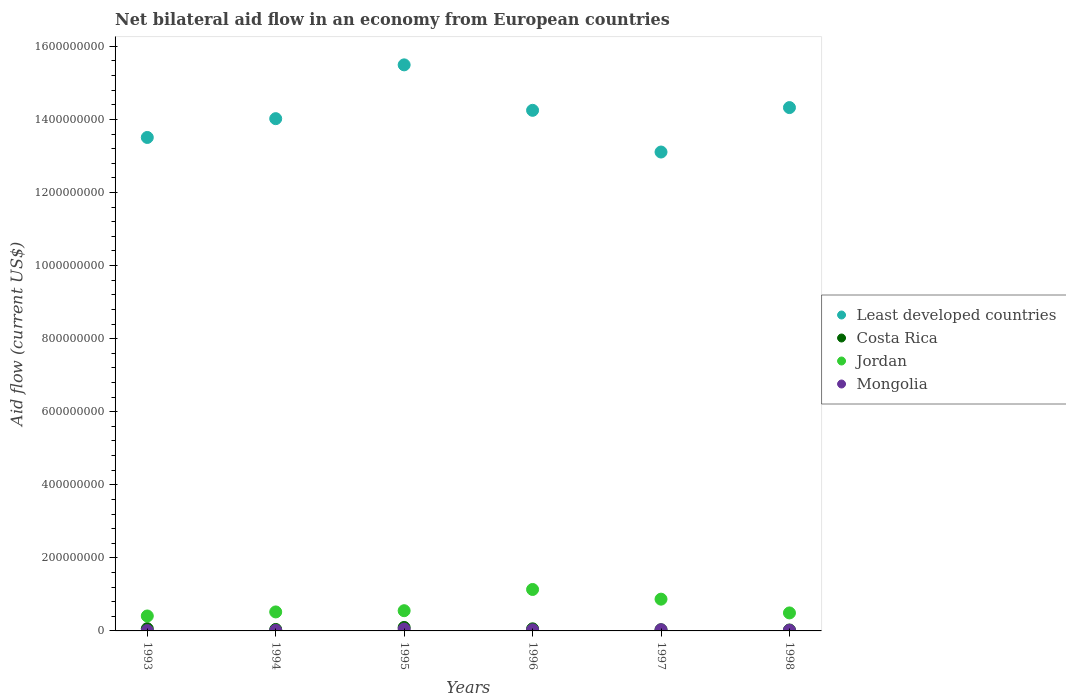
| Years | Least developed countries | Costa Rica | Jordan | Mongolia |
 | --- | --- | --- | --- | --- |
 | 1993 | 1.35e+09 | 6.09e+06 | 4.09e+07 | 9.6e+05 |
 | 1994 | 1.4e+09 | 4.01e+06 | 5.2e+07 | 1.42e+06 |
 | 1995 | 1.55e+09 | 9.5e+06 | 5.53e+07 | 4.99e+06 |
 | 1996 | 1.42e+09 | 5.7e+06 | 1.13e+08 | 2.97e+06 |
 | 1997 | 1.31e+09 | 3.22e+06 | 8.69e+07 | 3.16e+06 |
 | 1998 | 1.43e+09 | 2.54e+06 | 4.93e+07 | 1.74e+06 |